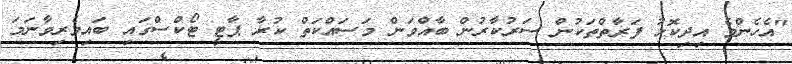
"އެހެންވެ އިދިކޮޅު ފަރާތްތަކުން ސަރުކާރުން ބާއްވަން މަސައްކަތް ކުރާ ޕާޓީ ޓޯކްސްގައި ބައިވެރިވާނަމަ